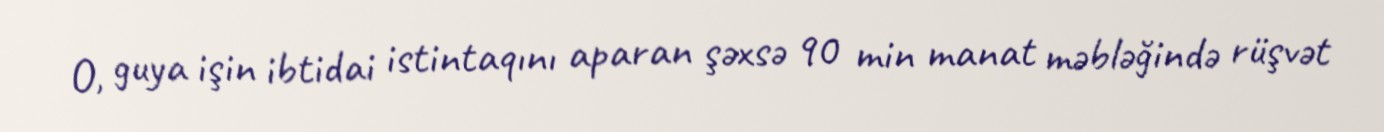
O, guya işin ibtidai istintaqını aparan şəxsə 90 min manat məbləğində rüşvət